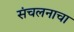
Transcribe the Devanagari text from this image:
संचलनाचा